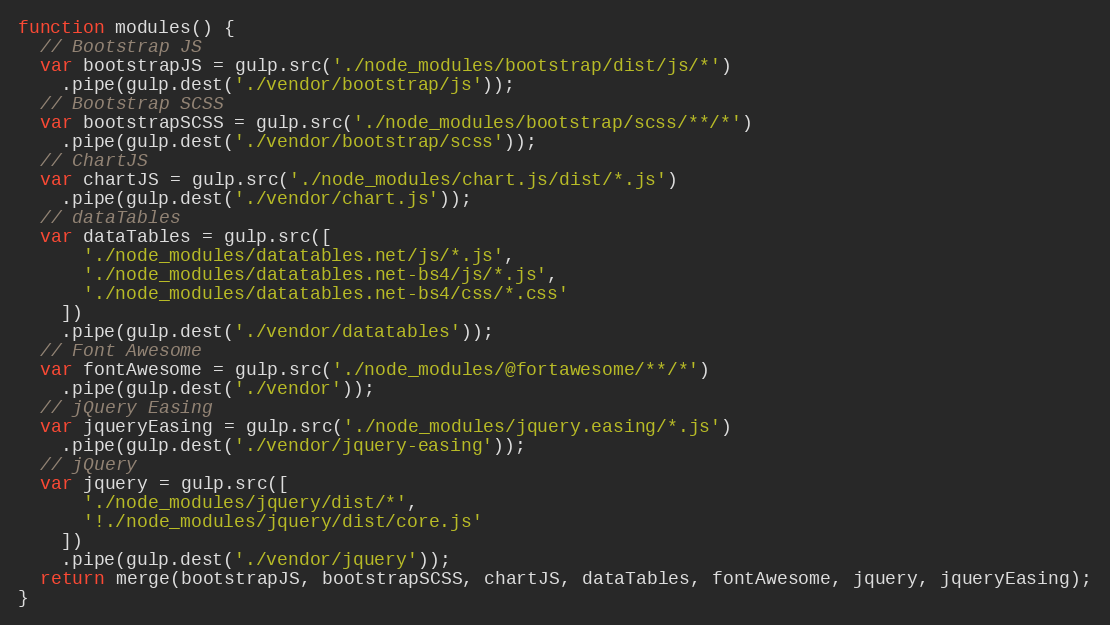
Language: JavaScript
function modules() {
  // Bootstrap JS
  var bootstrapJS = gulp.src('./node_modules/bootstrap/dist/js/*')
    .pipe(gulp.dest('./vendor/bootstrap/js'));
  // Bootstrap SCSS
  var bootstrapSCSS = gulp.src('./node_modules/bootstrap/scss/**/*')
    .pipe(gulp.dest('./vendor/bootstrap/scss'));
  // ChartJS
  var chartJS = gulp.src('./node_modules/chart.js/dist/*.js')
    .pipe(gulp.dest('./vendor/chart.js'));
  // dataTables
  var dataTables = gulp.src([
      './node_modules/datatables.net/js/*.js',
      './node_modules/datatables.net-bs4/js/*.js',
      './node_modules/datatables.net-bs4/css/*.css'
    ])
    .pipe(gulp.dest('./vendor/datatables'));
  // Font Awesome
  var fontAwesome = gulp.src('./node_modules/@fortawesome/**/*')
    .pipe(gulp.dest('./vendor'));
  // jQuery Easing
  var jqueryEasing = gulp.src('./node_modules/jquery.easing/*.js')
    .pipe(gulp.dest('./vendor/jquery-easing'));
  // jQuery
  var jquery = gulp.src([
      './node_modules/jquery/dist/*',
      '!./node_modules/jquery/dist/core.js'
    ])
    .pipe(gulp.dest('./vendor/jquery'));
  return merge(bootstrapJS, bootstrapSCSS, chartJS, dataTables, fontAwesome, jquery, jqueryEasing);
}